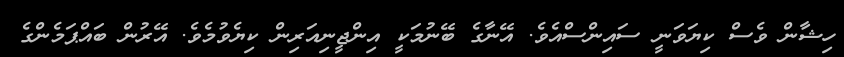
ހިޝާން ވެސް ކިޔަވަނީ ސައިންސްއެވެ. އޭނާގެ ބޭނުމަކީ އިންޖީނިއަރިން ކިޔެވުމެވެ. އޭރުން ބައްޕަމެންގެ